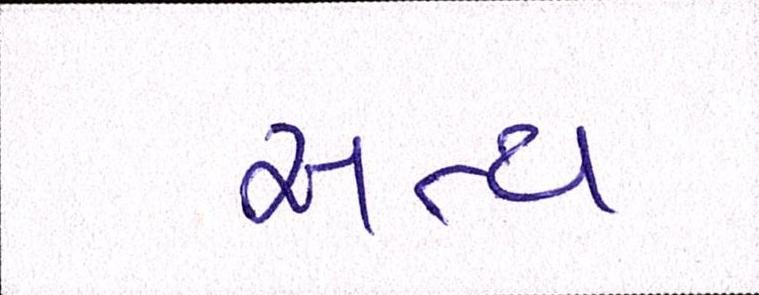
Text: સત્ય